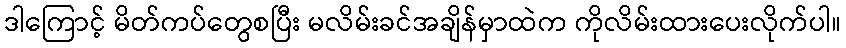
ဒါကြောင့် မိတ်ကပ်တွေစပြီး မလိမ်းခင်အချိန်မှာထဲက ကိုလိမ်းထားပေးလိုက်ပါ။